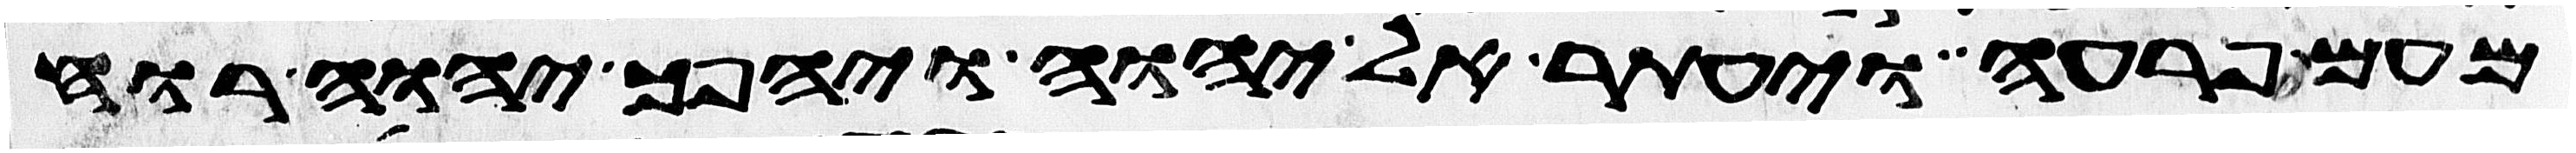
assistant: מעם פרעה ויעתר אל יהוה ויהפך יהוה רוח